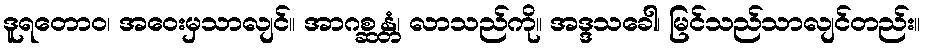
ဒူရတောဝ၊ အဝေးမှသာလျင်။ အာဂစ္ဆန္တံ၊ လာသည်ကို။ အဒ္ဒသခေါ၊ မြင်သည်သာလျင်တည်း။